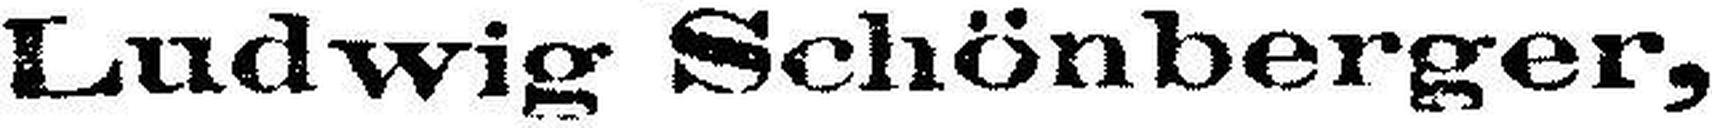
Ludwig Schönberger,